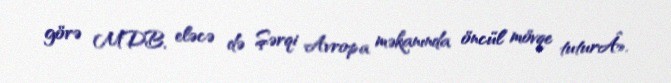
görə MDB, eləcə də Şərqi Avropa məkanında öncül mövqe tuturÂ».